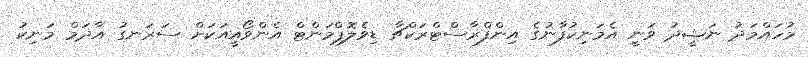
މުހައްމަދު ނަޝީދު ވަނީ އެމަނިކުފާނުގެ އިންފްރާސްޓްރަކްޗާ ޑިވެލޮޕްމަންޓް އެންވޯއީއަކަށް ސަރަނގު އާދަމް މަނިކު